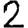
Digit: 2